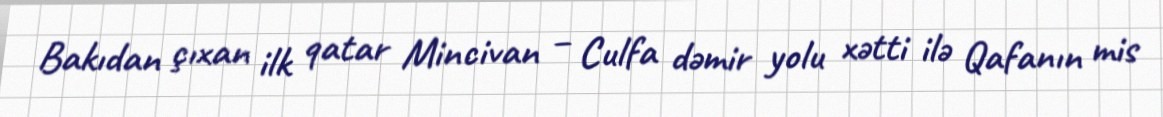
Bakıdan çıxan ilk qatar Mincivan – Culfa dəmir yolu xətti ilə Qafanın mis